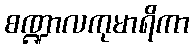
စဏ္ဍာလကုမာရိကာ